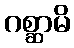
ဂစ္ဆာမိ